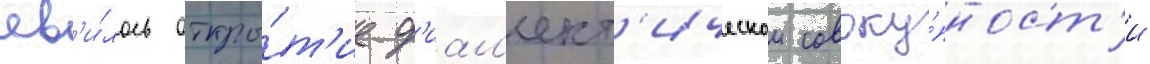
яв'и́лось откры́т'ие д'иал'ект'ическои совоку́пност'и